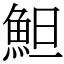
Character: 䱇